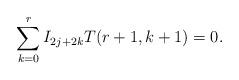
LaTeX: \begin{align*}\sum_{k=0}^{r}I_{2j+2k}T(r+1,k+1)=0.\end{align*}